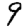
Digit: 9